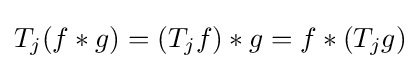
T_{j}(f*g)=(T_{j}f)*g=f*(T_{j}g)